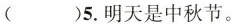
（ ）5.明天是中秋节。